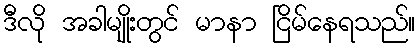
ဒီလို အခါမျိုးတွင် မာနာ ငြိမ်နေရသည်။